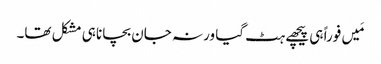
مَیں فوراً ہی پیچھے ہٹ گیا ورنہ جان بچانا ہی مشکل تھا۔